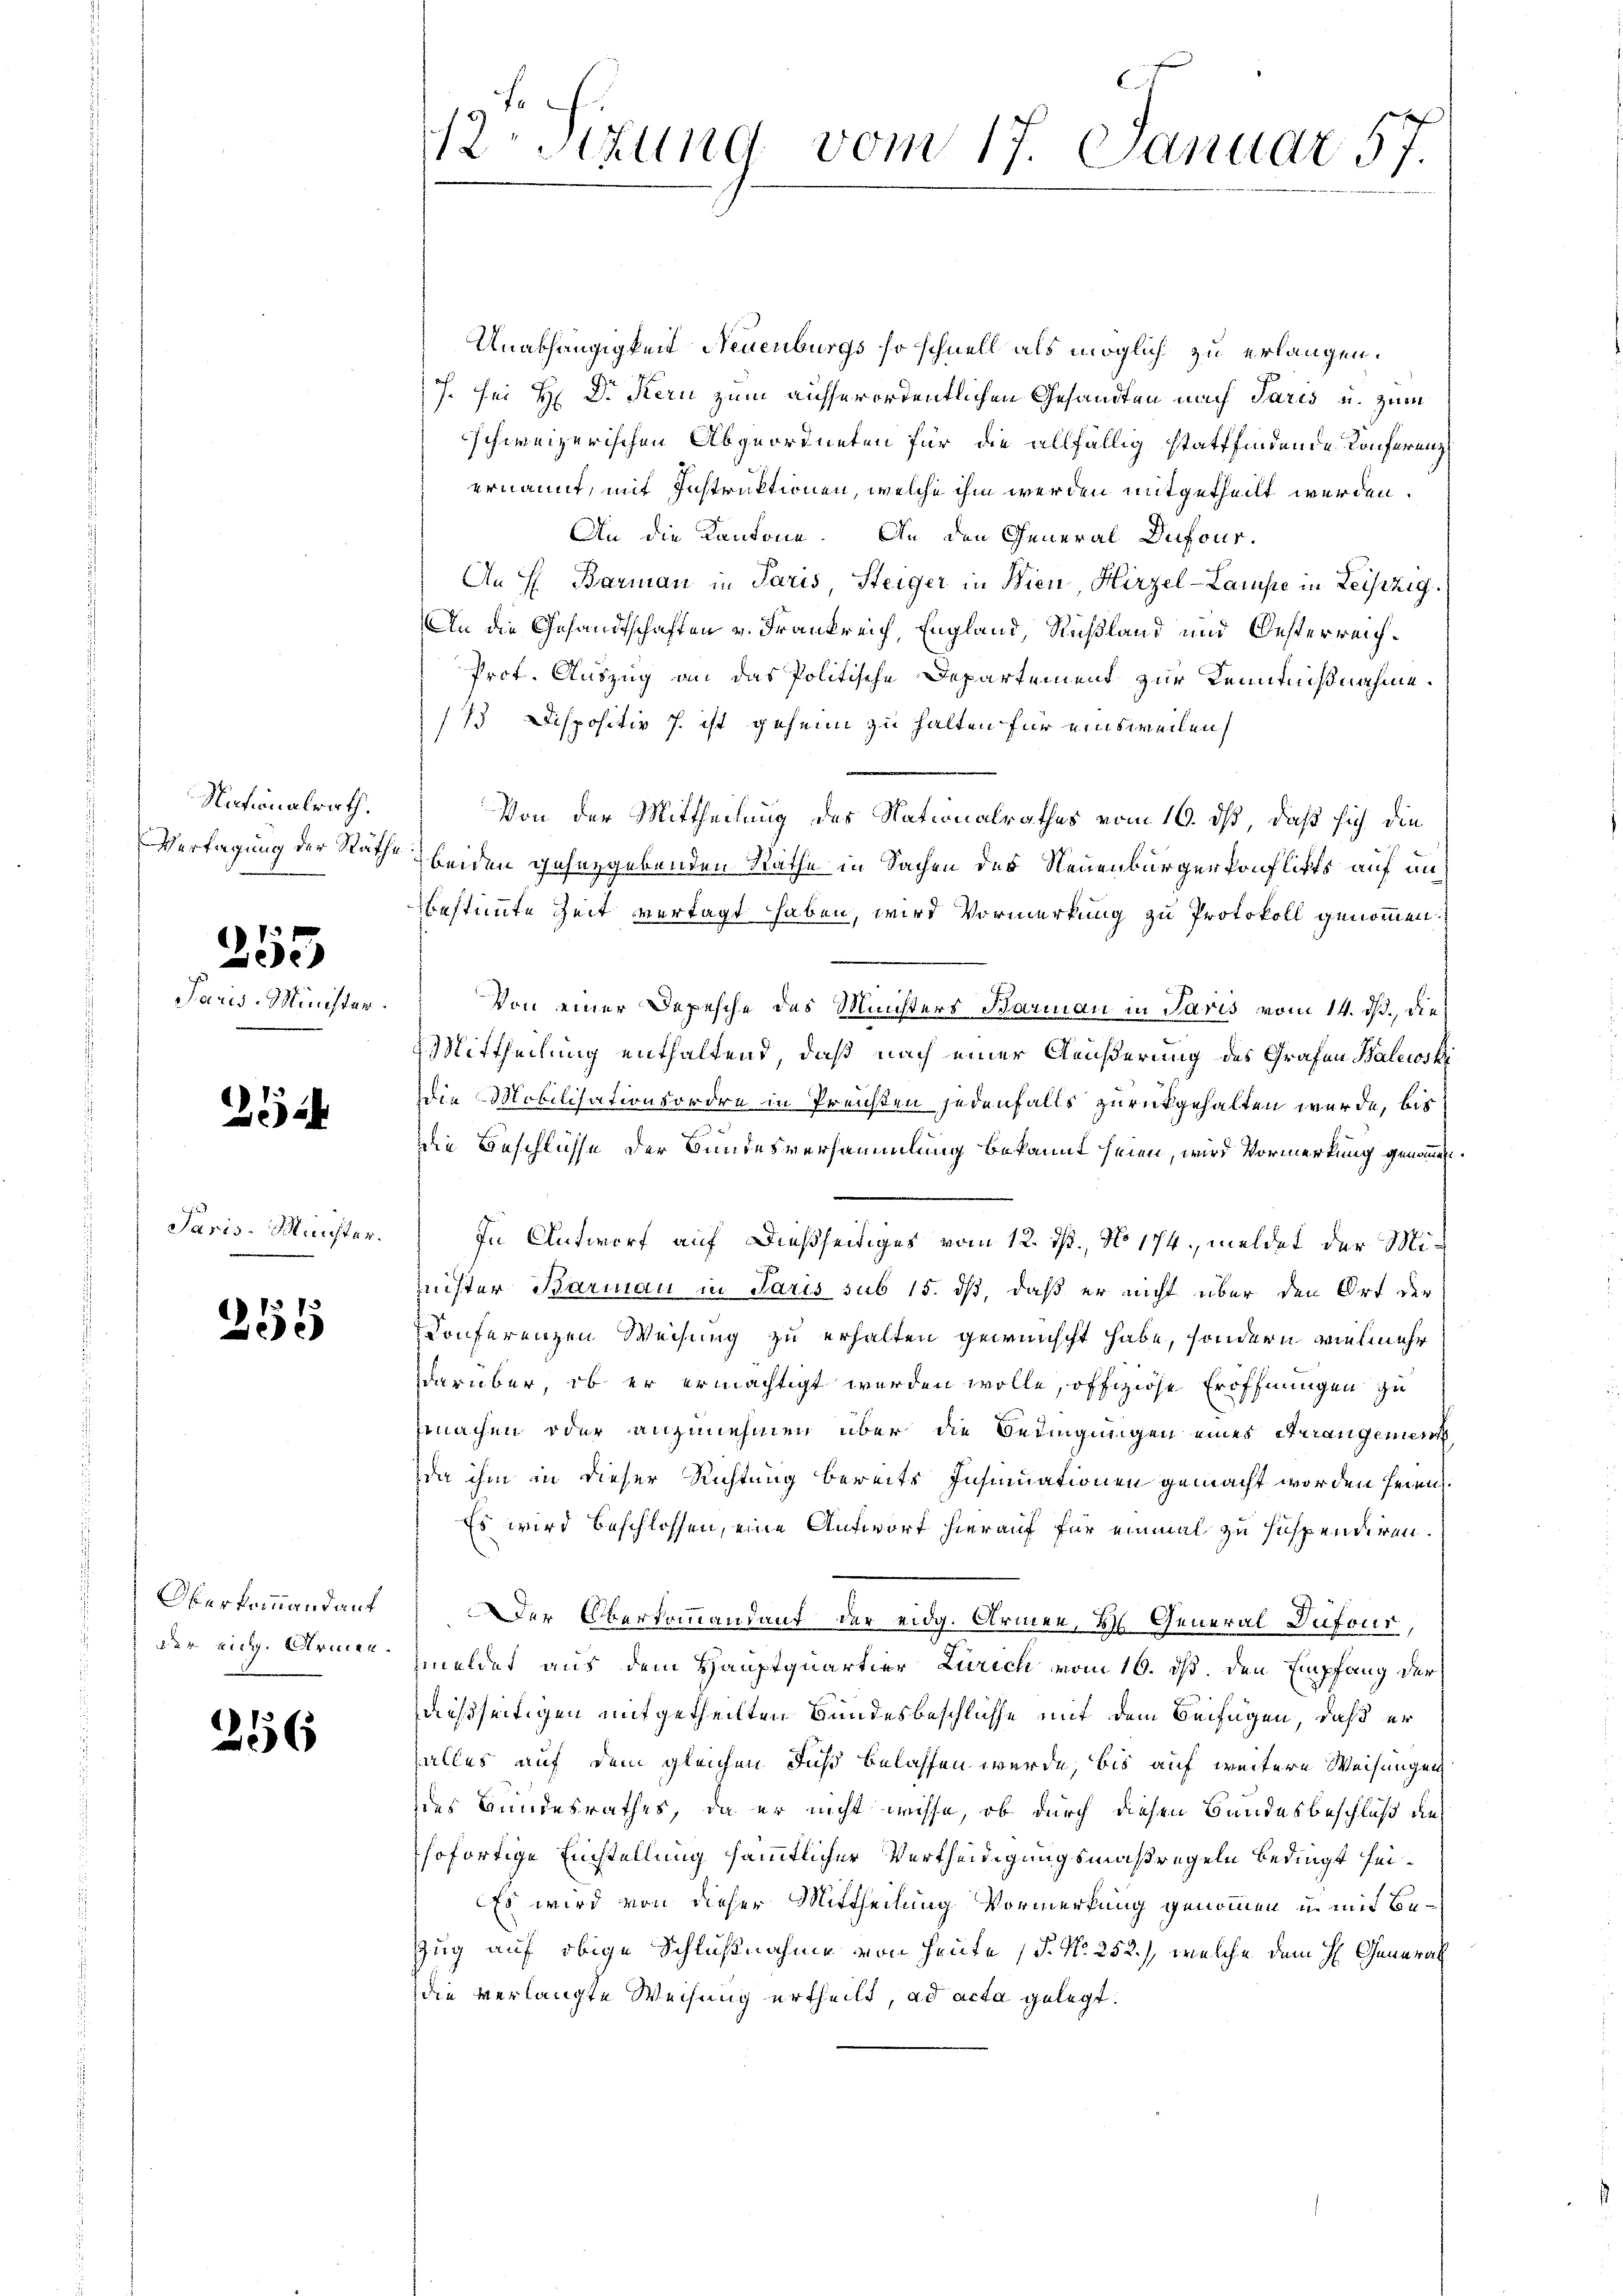
Nationalrath.
Vertagung der Räthe:

253

Paris-Minister.

25

Paris-Muichter.

255

Oberkommand auf

256

2sizung vom 17. Januar 57.

Unabhängigken Neuenburgs so schnell als möglich zu erlangen.
J. sei H: Dr. Kern zum ausserordentlichen Gesandten nach Paris u. zum
schweizerischen Abgeordneten für die allfällig stattfindende Konferenz
ernannt, mit Instruktionen, welche ihm werden mitgetheilt werden.
An die Kantone. An den General Dufour.
An H. Barmann in Paris, Steiger in Wien, Hirzel-Lamuste in Leiszig
An die Gesandtschaften v. Frankreich, England, Rußland und Oesterreich¬
Prof. Auszug an das Politische Departement zur Kenntnißnahme.
173 Dispositiv J. ist geheim zu halten für einsweilen
Von der Mittheilung des Nationalrathes vom 16. dß, daß sich die
beiden gehergebenden Räthe in Sachen des Neuenbürgerkonflichts auf un
bestimmte Zeit vertagt haben, wird Vormerkung zu Protokoll genommen.
Von einer Depesche des Ministers Barmann in Paris vom 14. ds., die
Mittheilung enthaltend, daß nach einer Äußerung des Grafen Balewski
die Mobilisationsordre in Preichten jedenfalls zurückgehalten wurde, bis
die Beschlüsse der Bundesversammlung bekannt seien, wird Vormerkung genommen.
In Antworf auf dießseitiges vom 12. ds., No 174, meldet der Mi¬
Zeister Barmau in Paris sub 15. ds, daß er nicht über den Ort der
Konferenzen Weisung zu erhalten gewünscht habe, sondern vielmehr
darüber, ob er ermächtigt werden wolle, offiziöse Eröffnungen zu
machen oder anzunehmen über die Bedingungen eines Arrangemei
da ihm in dieser Richtung bereits Insinuationen gemacht worden seien.
Es wird beschlossen, eine Antwort hierauf für einmal zu suspendiren.
Der Oberkommandant der eidg. Armen, H. General Dufour,
der eing. Armen meldet aus dem Hauptquartier Zürich vom 16. ds. den Empfang der
dießseitigen mitgetheilten Bundesbeschlüsse mit dem Beifügen, daß er
alles auf dem gleichen Fuß belassen werde, bis auf weitere Weisungen
des Bundesrathes, da er nicht wisse, ob durch diesen Bandesbeschluß die
hofortige Einstellung sämmtlicher Vertheidigungsmaßregeln bedingt sei¬
Es wird von dieser Mittheilung Vormerkung genommen u. mit Be¬
Zug auf obige Schlußnahme von Heute (§. No 252.), welche dem H. General
die verlangte Weisung ertheilt, ad acta gelegt.